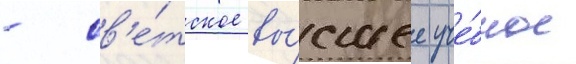
- св'е́тское вы́сшее уче́бное